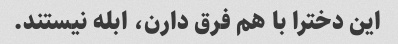
این دخترا با هم فرق دارن، ابله نیستند.